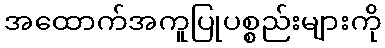
အထောက်အကူပြုပစ္စည်းများကို